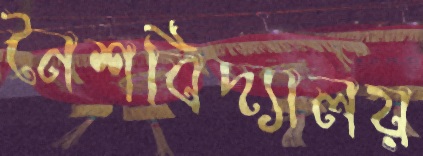
নৈশবিদ্যালয়